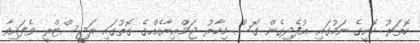
ކޮތަރު ކޮށީގެ ނަމުގައި އުފެދިގެން ގޮސް މިހާރު ޖަމްޢިޔާއެއްގެ ގޮތުގައި ރަޖިސްޓްރީ ވެފައިވާ